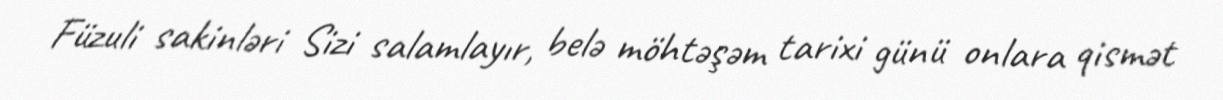
Füzuli sakinləri Sizi salamlayır, belə möhtəşəm tarixi günü onlara qismət